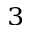
_ 3